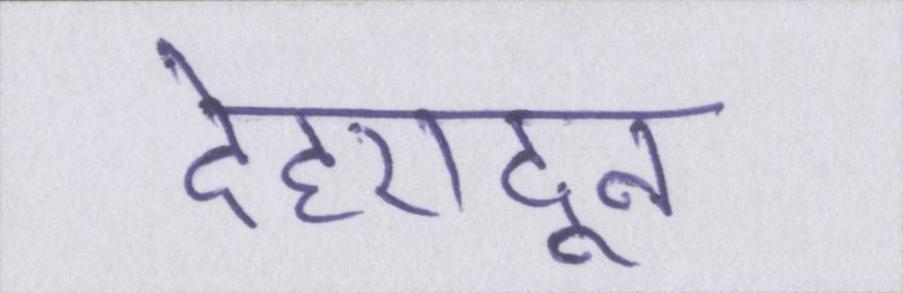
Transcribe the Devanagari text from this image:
देहरादून